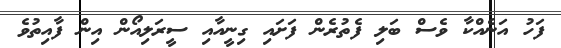
ފަހު އަނެއްކާ ވެސް ބަލި ފެތުރެން ފަށައި ގިނީއާއި ސީރަލިއޯން އިން ފާއިތުވެ